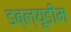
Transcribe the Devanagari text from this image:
डब्ल्यूडीम